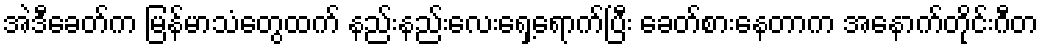
အဲဒီခေတ်က မြန်မာသံတွေထက် နည်းနည်းလေးရှေ့ရောက်ပြီး ခေတ်စားနေတာက အနောက်တိုင်းဂီတ